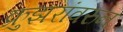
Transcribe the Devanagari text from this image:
क्रुझरांवरुन